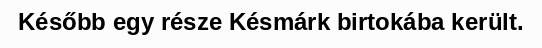
Később egy része Késmárk birtokába került.